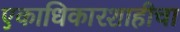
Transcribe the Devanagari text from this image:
एकाधिकारशाहीचा